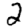
Digit: 2